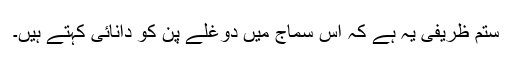
ستم ظریفی یہ ہے کہ اس سماج میں دوغلے پن کو دانائی کہتے ہیں۔